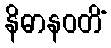
နိဓာနဝတိံ